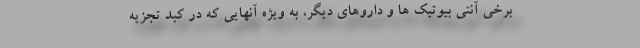
برخی آنتی بیوتیک ها و داروهای دیگر، به ویژه آنهایی که در کبد تجزیه